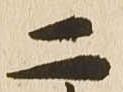
二